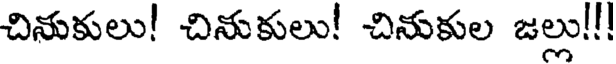
చినుకులు! చినుకులు! చినుకుల జల్లు!!!